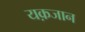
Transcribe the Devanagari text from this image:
यक़जान